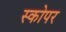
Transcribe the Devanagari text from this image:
स्कोपर